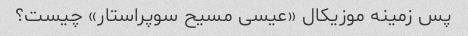
پس زمینه موزیکال «عیسی مسیح سوپراستار» چیست؟